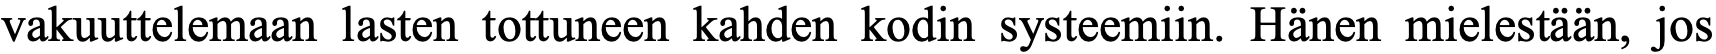
vakuuttelemaan lasten tottuneen kahden kodin systeemiin. Hänen mielestään, jos